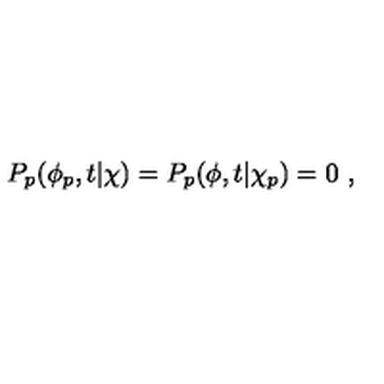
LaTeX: P _ { p } ( \phi _ { p } , t | \chi ) = P _ { p } ( \phi , t | \chi _ { p } ) = 0 \ ,